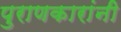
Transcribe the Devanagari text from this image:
पुराणकारांनी